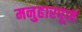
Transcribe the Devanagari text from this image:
मनुहारपूर्ण